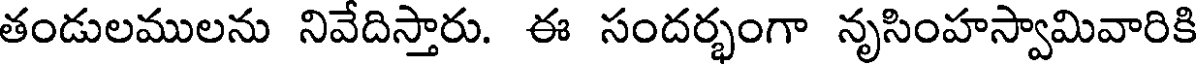
తండులములను నివేదిస్తారు. ఈ సందర్భంగా నృసింహస్వామివారికి